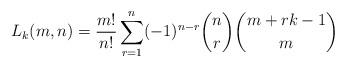
LaTeX: \begin{align*}L_k(m,n)=\frac{m!}{n!}\sum_{r=1}^n(-1)^{n-r}\binom{n}{r}\binom{m+rk-1}{m}\end{align*}